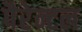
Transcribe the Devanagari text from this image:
पैरेन्टल